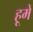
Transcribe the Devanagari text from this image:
हूमें